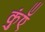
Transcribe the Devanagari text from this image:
कुंएँ